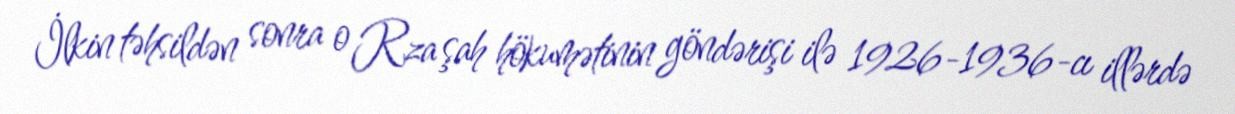
İlkin təhsildən sonra o Rza şah hökumətinin göndərişi ilə 1926-1936-cı illərdə